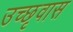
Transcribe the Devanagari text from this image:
उच्छृवास